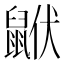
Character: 𪕟